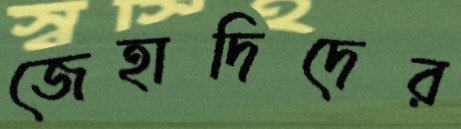
জেহাদিদের